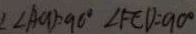
\angle A C D = 9 0 ^ { \circ } \angle F E D = 9 0 ^ { \circ }